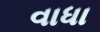
વાધા